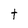
Character: t